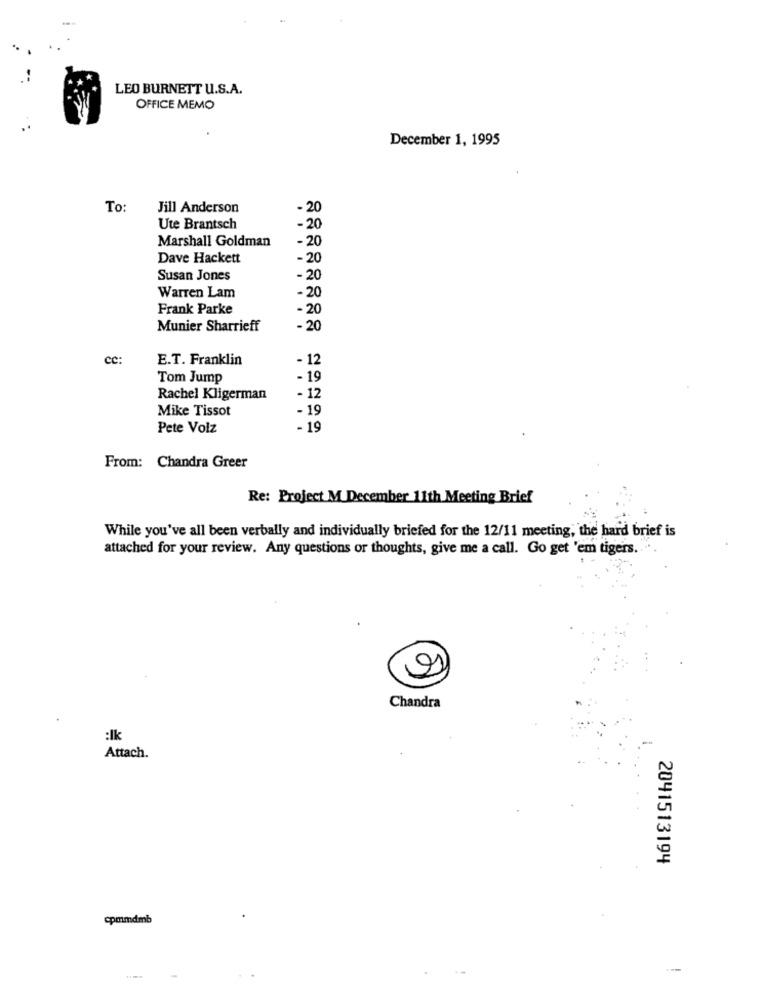
LEO BURNETT U.S.A.
OFFICE MEMO
December 1, 1995
To:
Jill Anderson
· 20
Ute Brantsch
-20
Marshall Goldman
- 20
Dave Hackett
-20
Susan Jones
- 20
-20
Warren Lam
Frank Parke
- 20
Munier Sharrieff
- 20
cc:
E.T. Franklin
- 12
Tom Jump
- 19
Rachel Kligerman
- 12
Mike Tissot
- 19
Pete Volz
- 19
From: Chandra Greer
Re: Project M December 11th Meeting Brief
While you've all been verbally and individually briefed for the 12/11 meeting, the hard brief is
attached for your review. Any questions or thoughts, give me a call. Go get 'em tigers. ....
Chandra
:lk
Attach.
2041513194
cpmnmdmb